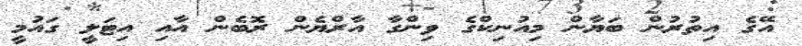
އޭގެ އިތުރުން ބަޔާން މިއުނިކްގެ ވިންގާ އާރްޔެން ރޮބެން އާއި އިޓަލީ ގައުމީ